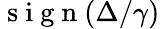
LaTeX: \mathrm{~s~i~g~n~}(\Delta/\gamma)